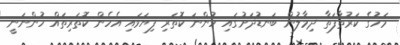
މަހުގެ ކަރުތާފަތާ ދިމާލުން ބަނޑުދަށުގައި ހުންނަ ކޮތަރި ފިޔަވައި އެހެން ކޮތަރިތައް ހުންނަނީ